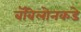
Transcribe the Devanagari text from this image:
बॅबिलोनकडे